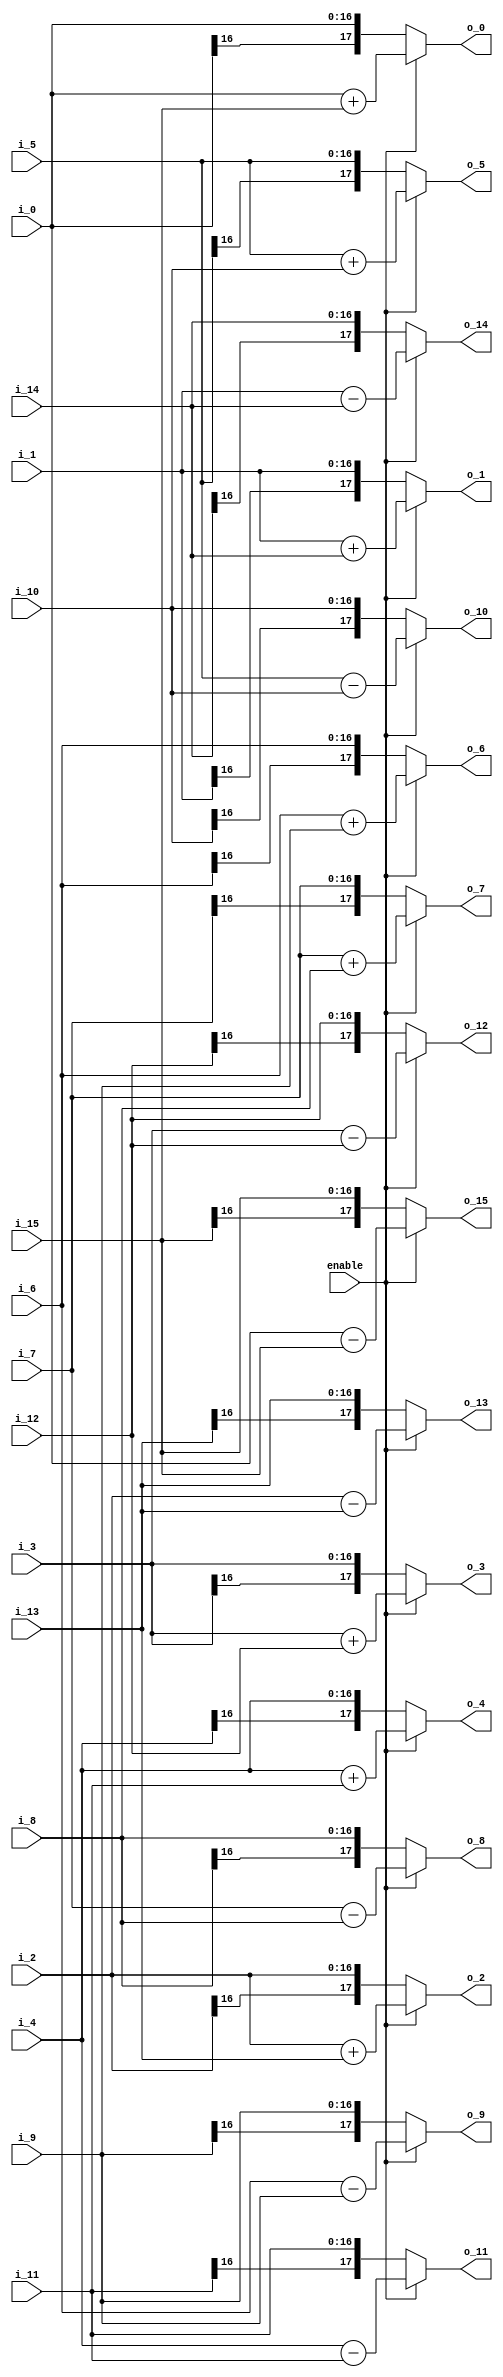
module butterfly1_16(
             enable,
                i_0,
                i_1,
                i_2,
                i_3,
                i_4,
                i_5,
                i_6,
                i_7,
                i_8,
                i_9,
                i_10,
                i_11,
                i_12,
                i_13,
                i_14,
                i_15,
                 o_0,
                 o_1,
                 o_2,
                 o_3,
                 o_4,
                 o_5,
                 o_6,
                 o_7,
                 o_8 ,
                 o_9 ,
                 o_10,
                 o_11,
                 o_12,
                 o_13,
                 o_14,
                 o_15            
);
input             enable;
input signed  [16:0] i_0;
input signed  [16:0] i_1;
input signed  [16:0] i_2;
input signed  [16:0] i_3;
input signed  [16:0] i_4;
input signed  [16:0] i_5;
input signed  [16:0] i_6;
input signed  [16:0] i_7;
input signed  [16:0] i_8;
input signed  [16:0] i_9;
input signed  [16:0] i_10;
input signed  [16:0] i_11;
input signed  [16:0] i_12;
input signed  [16:0] i_13;
input signed  [16:0] i_14;
input signed  [16:0] i_15;
output  signed [17:0] o_0 ;
output  signed [17:0] o_1 ;
output  signed [17:0] o_2 ;
output  signed [17:0] o_3 ;
output  signed [17:0] o_4 ;
output  signed [17:0] o_5 ;
output  signed [17:0] o_6 ;
output  signed [17:0] o_7 ;
output  signed [17:0] o_8 ;
output  signed [17:0] o_9 ;
output  signed [17:0] o_10;
output  signed [17:0] o_11;
output  signed [17:0] o_12;
output  signed [17:0] o_13;
output  signed [17:0] o_14;
output  signed [17:0] o_15;
wire  signed [17:0]   b_0;
wire  signed [17:0]   b_1;
wire  signed [17:0]   b_2;
wire  signed [17:0]   b_3;
wire  signed [17:0]   b_4;
wire  signed [17:0]   b_5;
wire  signed [17:0]   b_6;
wire  signed [17:0]   b_7;
wire  signed [17:0]   b_8;
wire  signed [17:0]   b_9;
wire  signed [17:0]   b_10;
wire  signed [17:0]   b_11;
wire  signed [17:0]   b_12;
wire  signed [17:0]   b_13;
wire  signed [17:0]   b_14;
wire  signed [17:0]   b_15;
assign b_0=i_0+i_15;
assign b_1=i_1+i_14;
assign b_2=i_2+i_13;
assign b_3=i_3+i_12;
assign b_4=i_4+i_11;
assign b_5=i_5+i_10;
assign b_6=i_6+i_9;
assign b_7=i_7+i_8;
assign b_8=i_7-i_8;               
assign b_9=i_6-i_9;
assign b_10=i_5-i_10;               
assign b_11=i_4-i_11;
assign b_12=i_3-i_12;               
assign b_13=i_2-i_13;
assign b_14=i_1-i_14;               
assign b_15=i_0-i_15;
assign o_0=enable?b_0:i_0;
assign o_1=enable?b_1:i_1;
assign o_2=enable?b_2:i_2;
assign o_3=enable?b_3:i_3;
assign o_4=enable?b_4:i_4;
assign o_5=enable?b_5:i_5;
assign o_6=enable?b_6:i_6;
assign o_7=enable?b_7:i_7;
assign o_8=enable?b_8:i_8;
assign o_9=enable?b_9:i_9;
assign o_10=enable?b_10:i_10;
assign o_11=enable?b_11:i_11;
assign o_12=enable?b_12:i_12;
assign o_13=enable?b_13:i_13;
assign o_14=enable?b_14:i_14;
assign o_15=enable?b_15:i_15;
endmodule